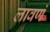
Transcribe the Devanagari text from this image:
लावणं